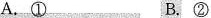
A.①B.②